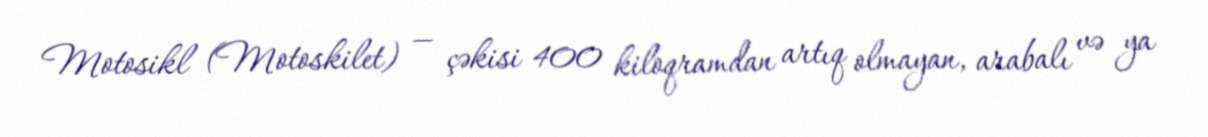
Motosikl (Motoskilet) — çəkisi 400 kiloqramdan artıq olmayan, arabalı və ya